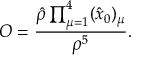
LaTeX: { \cal O } = { \frac { \hat { \rho } \prod _ { \mu = 1 } ^ { 4 } ( \hat { x } _ { 0 } ) _ { \mu } } { \rho ^ { 5 } } } .